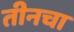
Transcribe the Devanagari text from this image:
तीनचा